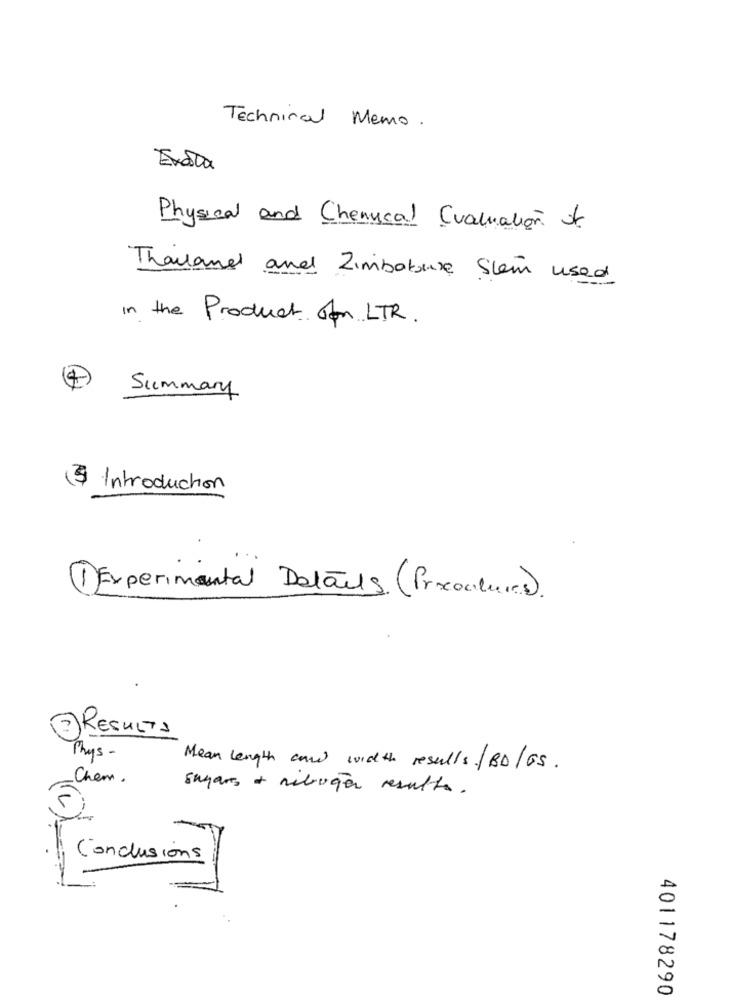
Technical Memo.
Exsta
Physical and Chemical Evaluation of
Thousand and Zimbabwe Shem used
in the Product of LTR .
Summary
($ Introduction
1 Experimental Details (Proctures).
7 RESULTS
Thys -
Mean length can width results /BD/ GS .
Chem.
sugars + ribuça resulta.
Conclusions
401178290